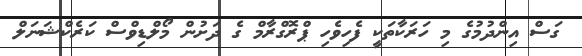
ގަސް އިންދުމުގެ މި ހަރަކާތަކީ ފެހިވެހި ޕްރޮގްރާމް ގެ ދަށުން މޯލްޑިވްސް ކަރެކްޝަނަލް